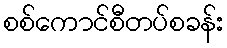
စစ်ကောင်စီတပ်စခန်း